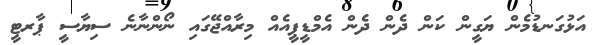
އަޅުގަނޑުމެން ޔަގީން ކަން ދެން ދެން އެމްޑީޕީއެއް މިރާއްޖޭގައި ނޯންނާނެ ސިޔާސީ ޕާރޓީ